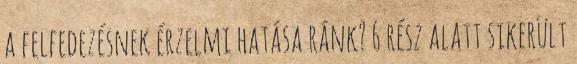
a felfedezésnek érzelmi hatása ránk? 6 rész alatt sikerült